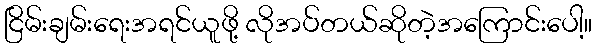
ငြိမ်းချမ်းရေးအရင်ယူဖို့ လိုအပ်တယ်ဆိုတဲ့အကြောင်းပေါ့။